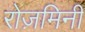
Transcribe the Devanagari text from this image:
रोज़मिनी